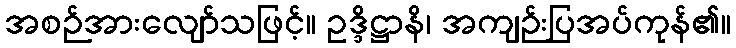
အစဉ်အားလျော်သဖြင့်။ ဥဒ္ဒိဋ္ဌာနိ၊ အကျဉ်းပြအပ်ကုန်၏။